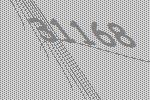
31168